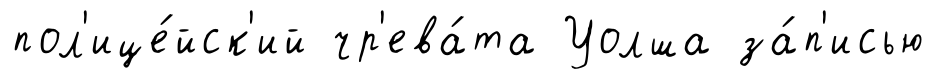
пол'ице́йск'ий чр'ева́та Уолша за́п'исью